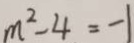
m ^ { 2 } - 4 = - 1